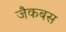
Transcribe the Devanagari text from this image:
जैकबस